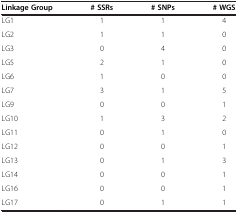
<table><thead><tr><td><b>Linkage Group</b></td><td><b># SSRs</b></td><td><b># SNPs</b></td><td><b># WGS</b></td></tr></thead><tbody><tr><td>LG1</td><td>1</td><td>1</td><td>4</td></tr><tr><td>LG2</td><td>1</td><td>1</td><td>0</td></tr><tr><td>LG3</td><td>0</td><td>4</td><td>0</td></tr><tr><td>LG5</td><td>2</td><td>1</td><td>0</td></tr><tr><td>LG6</td><td>1</td><td>0</td><td>0</td></tr><tr><td>LG7</td><td>3</td><td>1</td><td>5</td></tr><tr><td>LG9</td><td>0</td><td>0</td><td>1</td></tr><tr><td>LG10</td><td>1</td><td>3</td><td>2</td></tr><tr><td>LG11</td><td>0</td><td>1</td><td>0</td></tr><tr><td>LG12</td><td>0</td><td>0</td><td>1</td></tr><tr><td>LG13</td><td>0</td><td>1</td><td>3</td></tr><tr><td>LG14</td><td>0</td><td>0</td><td>1</td></tr><tr><td>LG16</td><td>0</td><td>0</td><td>1</td></tr><tr><td>LG17</td><td>0</td><td>1</td><td>1</td></tr></tbody></table>